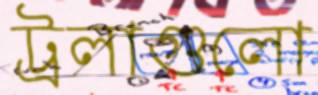
ট্রলাগুলো